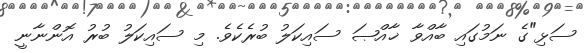
ސަޅި"ގެ ނަމުގައި ބާއްވާ ޚާއްޞަ ސައިކަލު ބުރެކެވެ. މި ސައިކަލު ބުރު އޮންނާނީ